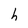
Character: h